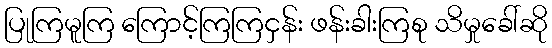
ပြုကြမူကြ ကြောင့်ကြကြငှန်း ဖန်းခါးကြစု သိမှုခေါ်ဆို